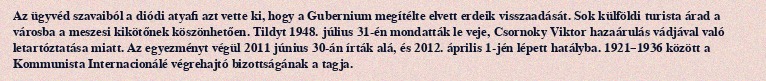
Az ügyvéd szavaiból a diódi atyafi azt vette ki, hogy a Gubernium megítélte elvett erdeik visszaadását. Sok külföldi turista árad a városba a meszesi kikötőnek köszönhetően. Tildyt 1948. július 31-én mondatták le veje, Csornoky Viktor hazaárulás vádjával való letartóztatása miatt. Az egyezményt végül 2011 június 30-án írták alá, és 2012. április 1-jén lépett hatályba. 1921–1936 között a Kommunista Internacionálé végrehajtó bizottságának a tagja.